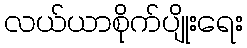
လယ်ယာစိုက်ပျိုးရေး